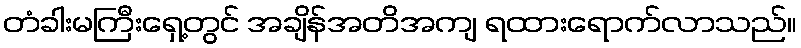
တံခါးမကြီးရှေ့တွင် အချိန်အတိအကျ ရထားရောက်လာသည်။